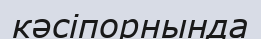
кәсіпорнында